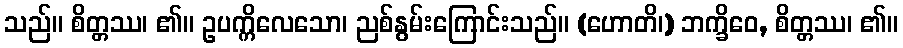
သည်။ စိတ္တဿ၊ ၏။ ဥပက္ကိလေသော၊ ညစ်နွမ်းကြောင်းသည်။ (ဟောတိ၊) ဘက္ခိဝေ, စိတ္တဿ၊ ၏။